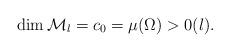
LaTeX: \begin{align*}\dim\mathcal M_l=c_0=\mu(\Omega)>0(l). \end{align*}